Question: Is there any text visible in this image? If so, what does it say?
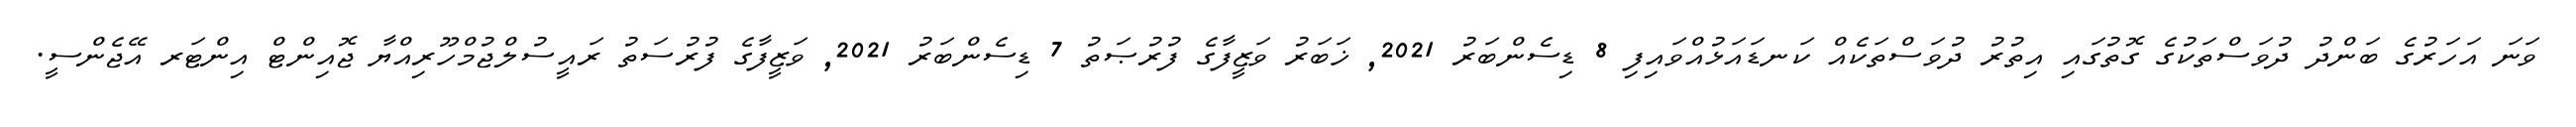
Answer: ވަނަ އަހަރުގެ ބަންދު ދުވަސްތަކުގެ ގޮތުގައި އިތުރު ދުވަސްތަކެއް ކަނޑައަޅުއްވައިފި 8 ޑިސެންބަރު 2021, ޚަބަރު ވަޒީފާގެ ފުރުޞަތު 7 ޑިސެންބަރު 2021, ވަޒީފާގެ ފުރުސަތު ރައީސުލްޖުމްހޫރިއްޔާ ޖޮއިންޓް އިންޓަރ އޭޖެންސީ.